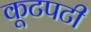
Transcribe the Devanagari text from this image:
कूटपटी